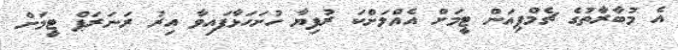
އެ މުބާރާތުގެ ޗެމްޕިއަން ޓީމަށް އެއްލަށްކަ ރުފިޔާ ހުށަހަޅާފައިވާ އިރު ރަނަރަޕް ޓީމަށް